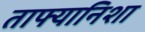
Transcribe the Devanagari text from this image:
ताफ्यानिशा